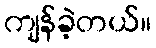
ကျန်ခဲ့တယ်။